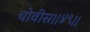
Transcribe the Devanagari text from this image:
चोवीस।।४९।।